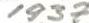
1937